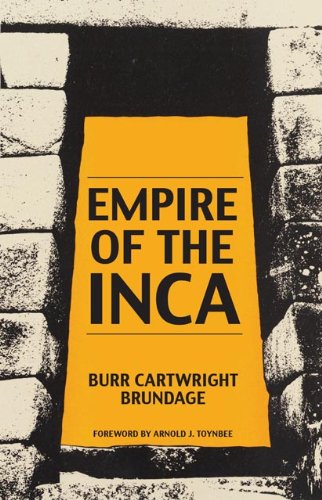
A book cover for Empire of the Inca (The Civilization of the American Indian Series); Burr Cartwright Brundage; History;